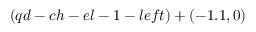
( q d - c h - e l - 1 - l e f t ) + ( - 1 . 1 , 0 )